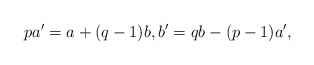
\begin{align*} pa' = a+(q-1)b, b' = qb - (p-1)a',\end{align*}